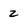
Character: 2